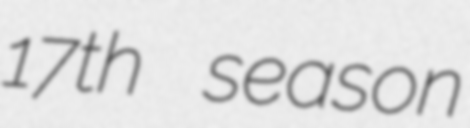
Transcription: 17th season